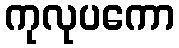
ကုလုပကော